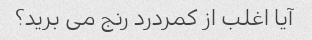
آیا اغلب از کمردرد رنج می برید؟